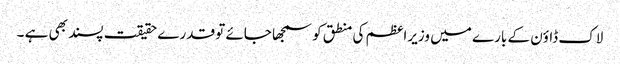
لاک ڈاؤن کے بارے میں وزیراعظم کی منطق کو سمجھا جائے تو قدرے حقیقت پسند بھی ہے ۔